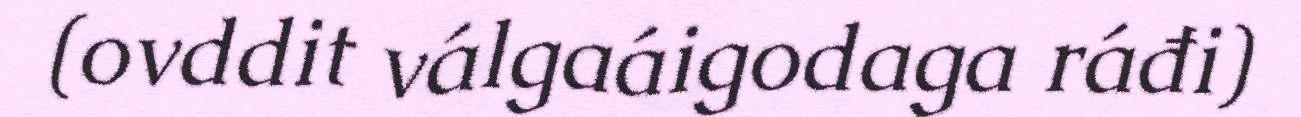
(ovddit válgaáigodaga ráđi)